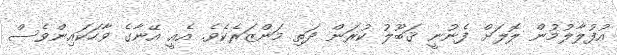
އުފުލާލުމުން ލޮލަށް ފެނުނީ ޤަބޫލު ކުރަން ދަތި މަންޒަރެކެވެ. އެއީ އޭނާގެ ވާހަކައިންވެސް